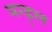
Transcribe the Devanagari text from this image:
मन्ड़्ल